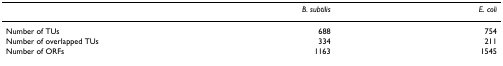
<table><thead><tr><td>[EMPTY_CELL]</td><td><b><i>B. subtilis</i></b></td><td><b><i>E. coli</i></b></td></tr></thead><tbody><tr><td>Number of TUs</td><td>688</td><td>754</td></tr><tr><td>Number of overlapped TUs</td><td>334</td><td>211</td></tr><tr><td>Number of ORFs</td><td>1163</td><td>1545</td></tr></tbody></table>